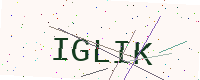
Text: IGLIK